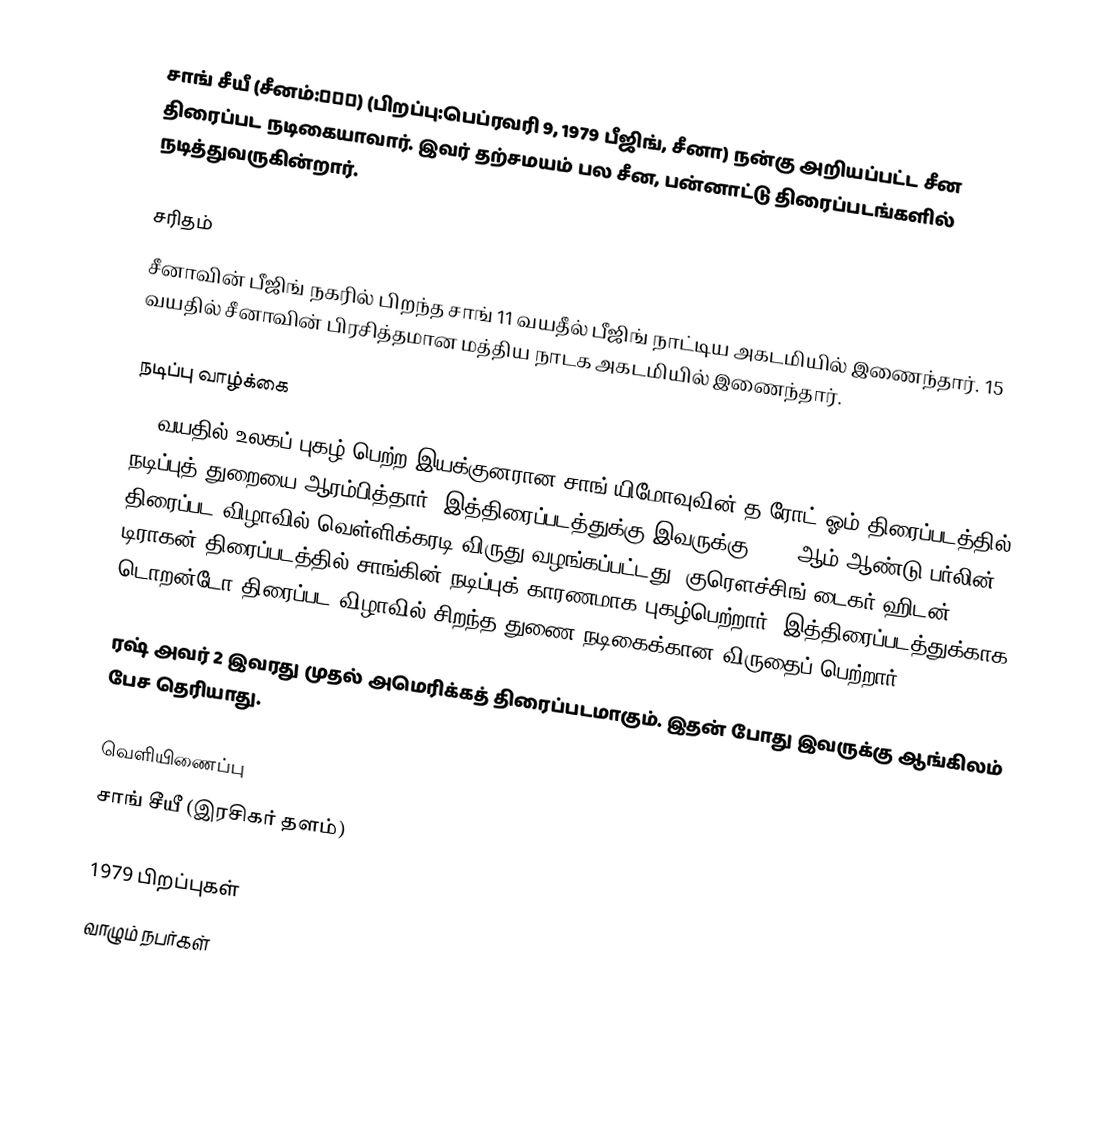
சாங் சீயீ (சீனம்:章子怡) (பிறப்பு:பெப்ரவரி 9, 1979 பீஜிங், சீனா) நன்கு அறியப்பட்ட சீன திரைப்பட நடிகையாவார். இவர் தற்சமயம் பல சீன, பன்னாட்டு திரைப்படங்களில் நடித்துவருகின்றார்.

சரிதம்
சீனாவின் பீஜிங் நகரில் பிறந்த சாங் 11 வயதீல் பீஜிங் நாட்டிய அகடமியில் இணைந்தார். 15 வயதில் சீனாவின் பிரசித்தமான மத்திய நாடக அகடமியில் இணைந்தார்.

நடிப்பு வாழ்க்கை
19 வயதில் உலகப் புகழ் பெற்ற இயக்குனரான சாங் யிமோவுவின் த ரோட் ஓம் திரைப்படத்தில் நடிப்புத் துறையை ஆரம்பித்தார். இத்திரைப்படத்துக்கு இவருக்கு 2000 ஆம் ஆண்டு பர்லின் திரைப்பட விழாவில் வெள்ளிக்கரடி விருது வழங்கப்பட்டது. குரௌச்சிங் டைகர் ஹிடன் டிராகன் திரைப்படத்தில் சாங்கின் நடிப்புக் காரணமாக புகழ்பெற்றார். இத்திரைப்படத்துக்காக டொறன்டோ திரைப்பட விழாவில் சிறந்த துணை நடிகைக்கான விருதைப் பெற்றார்.

ரஷ் அவர் 2 இவரது முதல் அமெரிக்கத் திரைப்படமாகும். இதன் போது இவருக்கு ஆங்கிலம் பேச தெரியாது.

வெளியிணைப்பு
 சாங் சீயீ (இரசிகர் தளம்)

1979 பிறப்புகள்
வாழும் நபர்கள்